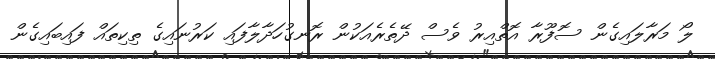
ލޯ މަރާލައިގެން ސޮފޫރާ އޮތްއިރު ވެސް ދޭތެރެއަކުން ރޮނގުހަދާލާފައި ކަރުނައިގެ ތިކިތައް ފައިބައިގެން